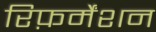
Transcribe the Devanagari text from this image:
रिफ़र्मेंशन